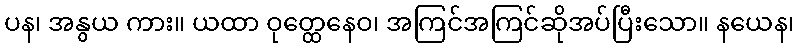
ပန၊ အနွယ ကား။ ယထာ ဝုတ္ထေနေဝ၊ အကြင်အကြင်ဆိုအပ်ပြီးသော။ နယေန၊